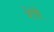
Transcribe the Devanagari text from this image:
शेवें